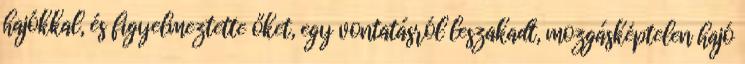
hajókkal, és figyelmeztette őket, egy vontatásról leszakadt, mozgásképtelen hajó